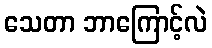
သေတာ ဘာကြောင့်လဲ